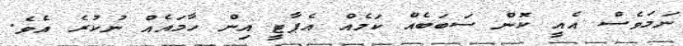
ނަމަވެސް އެއީ ކޮން ސަބަބެއް ކަމެއް އެޕާޓީ އިން ހާމައެއް ނުކުރެ އެވެ.